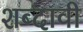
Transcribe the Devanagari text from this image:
शब्दावी